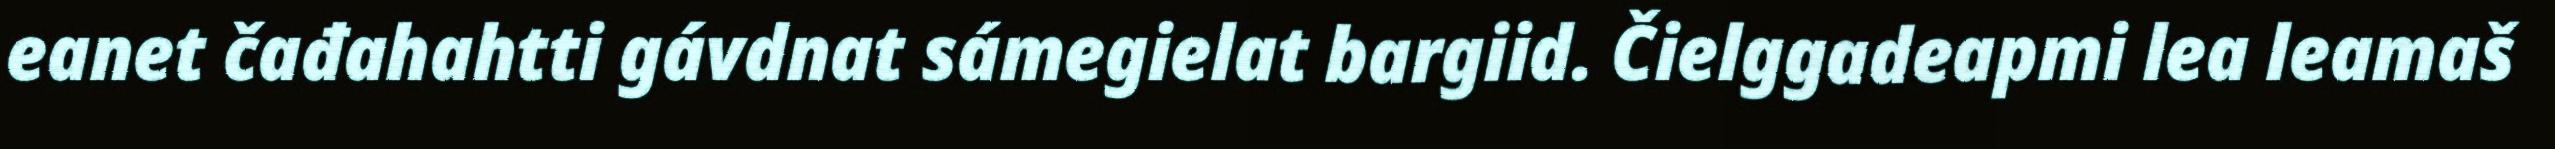
eanet čađahahtti gávdnat sámegielat bargiid. Čielggadeapmi lea leamaš